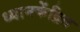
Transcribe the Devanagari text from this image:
ध्यानकेंद्रित